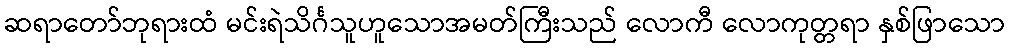
ဆရာတော်ဘုရားထံ မင်းရဲသိင်္ဂသူဟူသောအမတ်ကြီးသည် လောကီ လောကုတ္တရာ နှစ်ဖြာသော